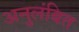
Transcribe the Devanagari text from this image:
अनुलंबित